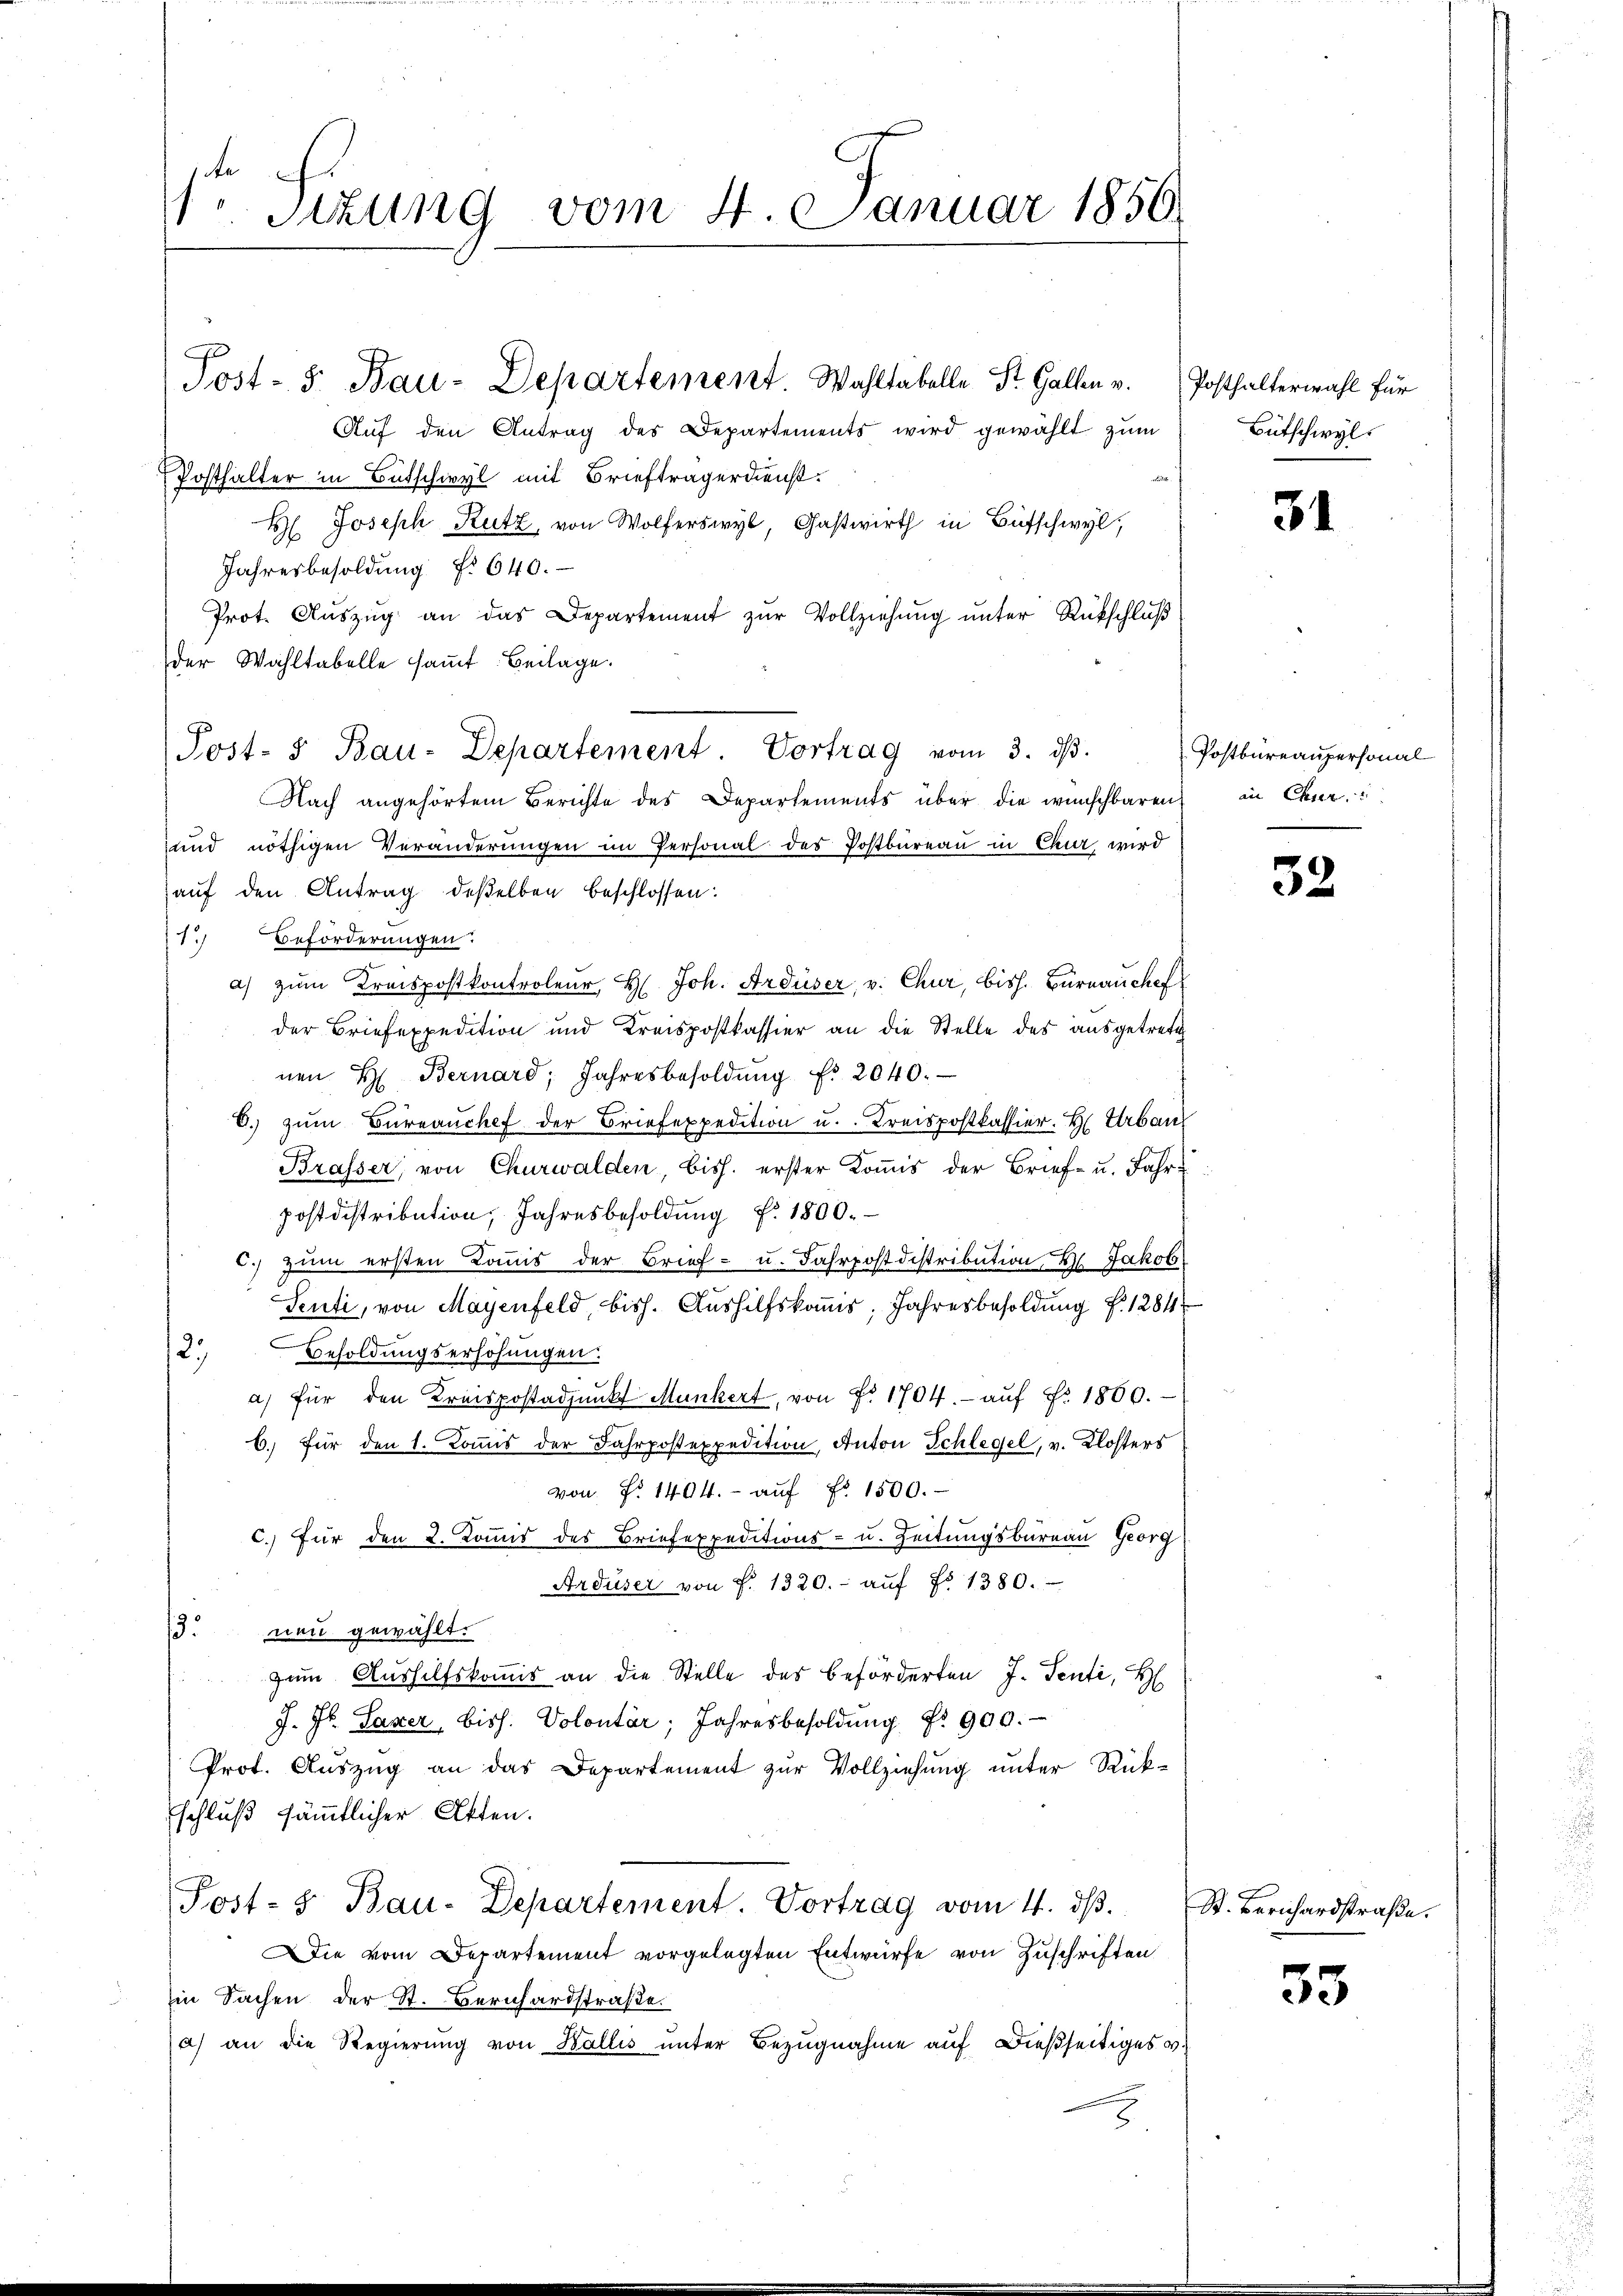
1 Sizung vom 4. Januar 1850.

Post- 5. Bau-Departement. Wahltabelle St. Gallen u. Posthalterwahl für

Aŭf den Antrag des Departements wird gewählt zum
Posthalter in Bütschwyl mit Briefträgerdienst.
H. Joseph Rutz, von Wolferswyl, Gastwirth in Bütschwyl,
Jahresbesoldŭng Nr. 640.
Prot. Aŭszŭg an das Departement zŭr Vollziehŭng ŭnter Rückschlŭβ
der Wahltabelle samt Beilage.
Post- & Bau-Departement. Vortrag vom 3. dβ.
und nöthigen Veränderŭngen im Personal des Postbureau in Chur, wird
auf den Antrag deßelben beschlossen:
1. Beförderungen.
a) zŭm Kreispostkontroleur, H. Joh. Ardüser, v. Chur, bish. Burnauchef
der Briefexpedition und Kreispostkassier an die Stelle des ausgetrete
nen H. Bernard, Jahresbesoldŭng f. 2040.
6. zŭm Büreaŭchef der Briefexpedition u. Kreispostkassier. H. Urban
Brasser, von Churwalden, bish. erster Kommis der Brief- u. Jahr-
postdistribution, Jahresbesoldung f. 1800.
2.) Zum ersten Kommis der Brief- u. Fahrpostdistribution, 2. Jakob
Senti, von Mayenfeld, bish. Aushilfskomis, Jahresbesoldung f. 1284
Besoldungserhöhungen.
12.
a) für den Kreispostadjunkt Munkert, von Fr. 1704.- aŭf Fr. 1800.
6.) für den 1. Kommis der Fahrposexpedition, Anton Schlegel, v. Klosters
von Fr. 1404.- aŭf Fr. 1500.
c.) Für den 2. Kommis des Briefexpeditions- u. Zeitungsbureau Georg
Ardüser von f. 1320.- aŭf No 1380.
3. neu gewählt.
zum Aushilfskomis an die Stelle des beförderten J. Senti, H
J. J. Laxer, biss. Volontär, Jahresbesoldŭng Nr. 900.
Prot. Aŭszŭg an das Departement zŭr Vollziehung unter Rück-
schluß sämmtlicher Akten.
Post- & Bau-Departement. Vortrag vom 4. dβ.
Die vom Departement vorgelegten Entwurfe von Zuschriften
in Sachen der St. Berichardstraße.
a) an die Regierung von Wallis unter Bezugnahme auf dießseitiges v.

Nach angehörtem Berichte des Departements über die wünschbaren, in Chur,

Bütschwyl

31

Postbureaupersonal

32

St. Berichardstraße.

53